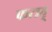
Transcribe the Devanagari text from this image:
फतह्